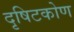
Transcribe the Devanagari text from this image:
दृषिटकोण